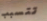
تتسبب